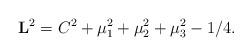
LaTeX: \begin{align*}\mathbf{L}^2=C^2+\mu_1^2+\mu_2^2+\mu_3^2-1/4.\end{align*}